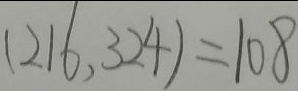
( 2 1 6 , 3 2 4 ) = 1 0 8